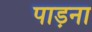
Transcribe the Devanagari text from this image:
पाड़ना